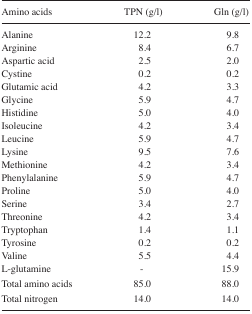
<table><thead><tr><td><b>Amino acids</b></td><td><b>TPN (g/l)</b></td><td><b>Gln (g/l)</b></td></tr></thead><tbody><tr><td>Alanine</td><td>12.2</td><td>9.8</td></tr><tr><td>Arginine</td><td>8.4</td><td>6.7</td></tr><tr><td>Aspartic acid</td><td>2.5</td><td>2.0</td></tr><tr><td>Cystine</td><td>0.2</td><td>0.2</td></tr><tr><td>Glutamic acid</td><td>4.2</td><td>3.3</td></tr><tr><td>Glycine</td><td>5.9</td><td>4.7</td></tr><tr><td>Histidine</td><td>5.0</td><td>4.0</td></tr><tr><td>Isoleucine</td><td>4.2</td><td>3.4</td></tr><tr><td>Leucine</td><td>5.9</td><td>4.7</td></tr><tr><td>Lysine</td><td>9.5</td><td>7.6</td></tr><tr><td>Methionine</td><td>4.2</td><td>3.4</td></tr><tr><td>Phenylalanine</td><td>5.9</td><td>4.7</td></tr><tr><td>Proline</td><td>5.0</td><td>4.0</td></tr><tr><td>Serine</td><td>3.4</td><td>2.7</td></tr><tr><td>Threonine</td><td>4.2</td><td>3.4</td></tr><tr><td>Tryptophan</td><td>1.4</td><td>1.1</td></tr><tr><td>Tyrosine</td><td>0.2</td><td>0.2</td></tr><tr><td>Valine</td><td>5.5</td><td>4.4</td></tr><tr><td>L-glutamine</td><td>-</td><td>15.9</td></tr><tr><td>Total amino acids</td><td>85.0</td><td>88.0</td></tr><tr><td>Total nitrogen</td><td>14.0</td><td>14.0</td></tr></tbody></table>